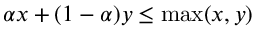
\alpha x + ( 1 - \alpha ) y \leq \operatorname* { m a x } ( x , y )